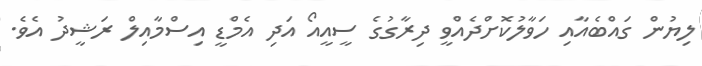
ލިޔުން ގައްބެއާއި ހަވާލުކޮށްދެއްވީ ދިރާގުގެ ސީއީއޯ އަދި އެމްޑީ އިސްމާއިލް ރަޝީދު އެވެ.